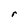
Character: r